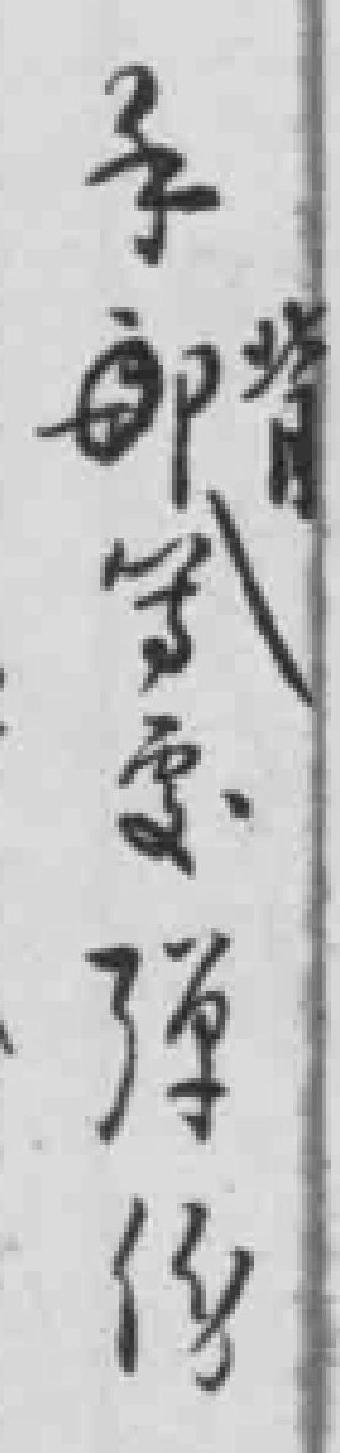
手背等*弹伤